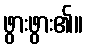
ဖွားဖွား၏။